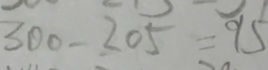
3 0 0 - 2 0 5 = 9 5